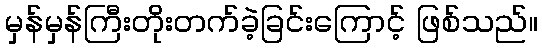
မှန်မှန်ကြီးတိုးတက်ခဲ့ခြင်းကြောင့် ဖြစ်သည်။